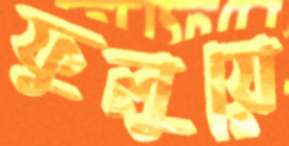
ফুলুয়ে